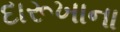
દારૂખાના